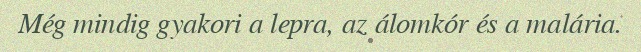
Még mindig gyakori a lepra, az álomkór és a malária.